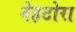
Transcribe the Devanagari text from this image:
नेहटोरा